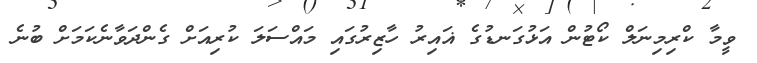
ވީމާ ކްރިމިނަލް ކޯޓުން އަޅުގަނޑުގެ ޣައިރު ހާޒިރުގައި މައްސަލަ ކުރިއަށް ގެންދަވާނެކަމަށް ބުނެ